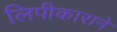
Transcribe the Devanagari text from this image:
लिपीकाराने